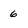
Character: 6